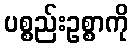
ပစ္စည်းဥစ္စာကို